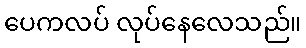
ပေကလပ် လုပ်နေလေသည်။